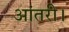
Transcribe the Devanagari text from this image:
आंतरी।